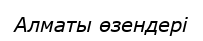
Алматы өзендері